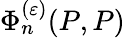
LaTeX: \Phi_{n}^{(\varepsilon)}(P,P)